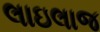
લાઇલાજ